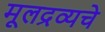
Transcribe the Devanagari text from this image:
मूलद्रव्यचे